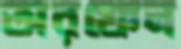
অরফেন